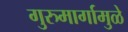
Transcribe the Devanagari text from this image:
गुरुमार्गामुळे